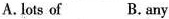
A.lots of B.any